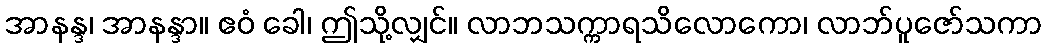
အာနန္ဒ၊ အာနန္ဒာ။ ဧဝံ ခေါ၊ ဤသို့လျှင်။ လာဘသက္ကာရသိလောကော၊ လာဘ်ပူဇော်သကာ